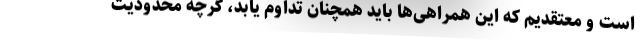
است و معتقدیم که این همراهی‌ها باید همچنان تداوم یابد، گرچه محدودیت